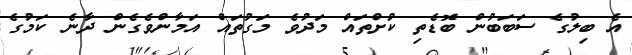
އެ ބިލުގެ ސަބަބުން ބޮޑެތި ކުށްތައް މަދުވެ މަގުތައް އަމާންވެގެން ދާނެ ކަމުގެ